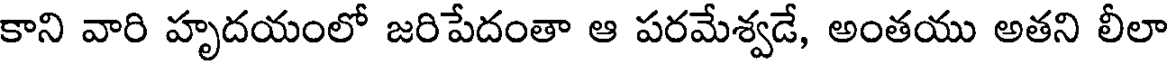
కాని వారి హృదయంలో జరిపేదంతా ఆ పరమేశ్వడే, అంతయు అతని లీలా